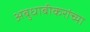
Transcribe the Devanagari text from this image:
अबुधाबीकरांच्या